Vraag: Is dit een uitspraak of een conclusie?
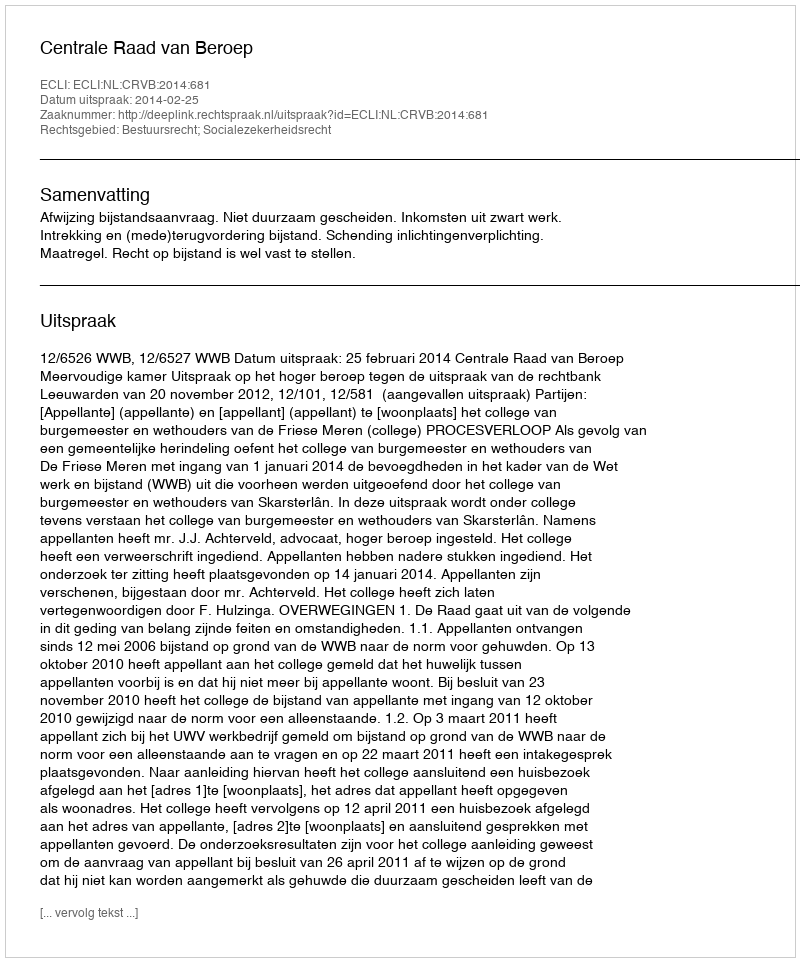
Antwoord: Uitspraak